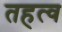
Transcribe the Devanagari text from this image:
तहत्व